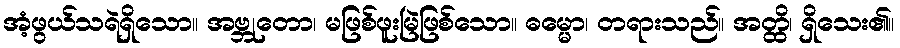
အံ့ဖွယ်သရဲရှိသော။ အဗ္ဘုတော၊ မဖြစ်ဖူးမြဲဖြစ်သော။ ဓမ္မော၊ တရားသည်။ အတ္ထိ၊ ရှိသေး၏။